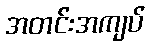
အတင်းအကျပ်